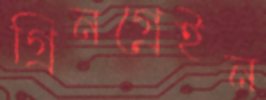
গ্রিনগ্রেইন